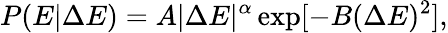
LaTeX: P(E|\Delta E)=A|\Delta E|^{\alpha}\exp[-B(\Delta E)^{2}],